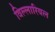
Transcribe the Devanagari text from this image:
विल्लारियल